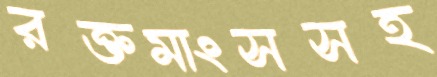
রক্তমাংসসহ